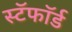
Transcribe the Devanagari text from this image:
स्टॅफॉर्ड